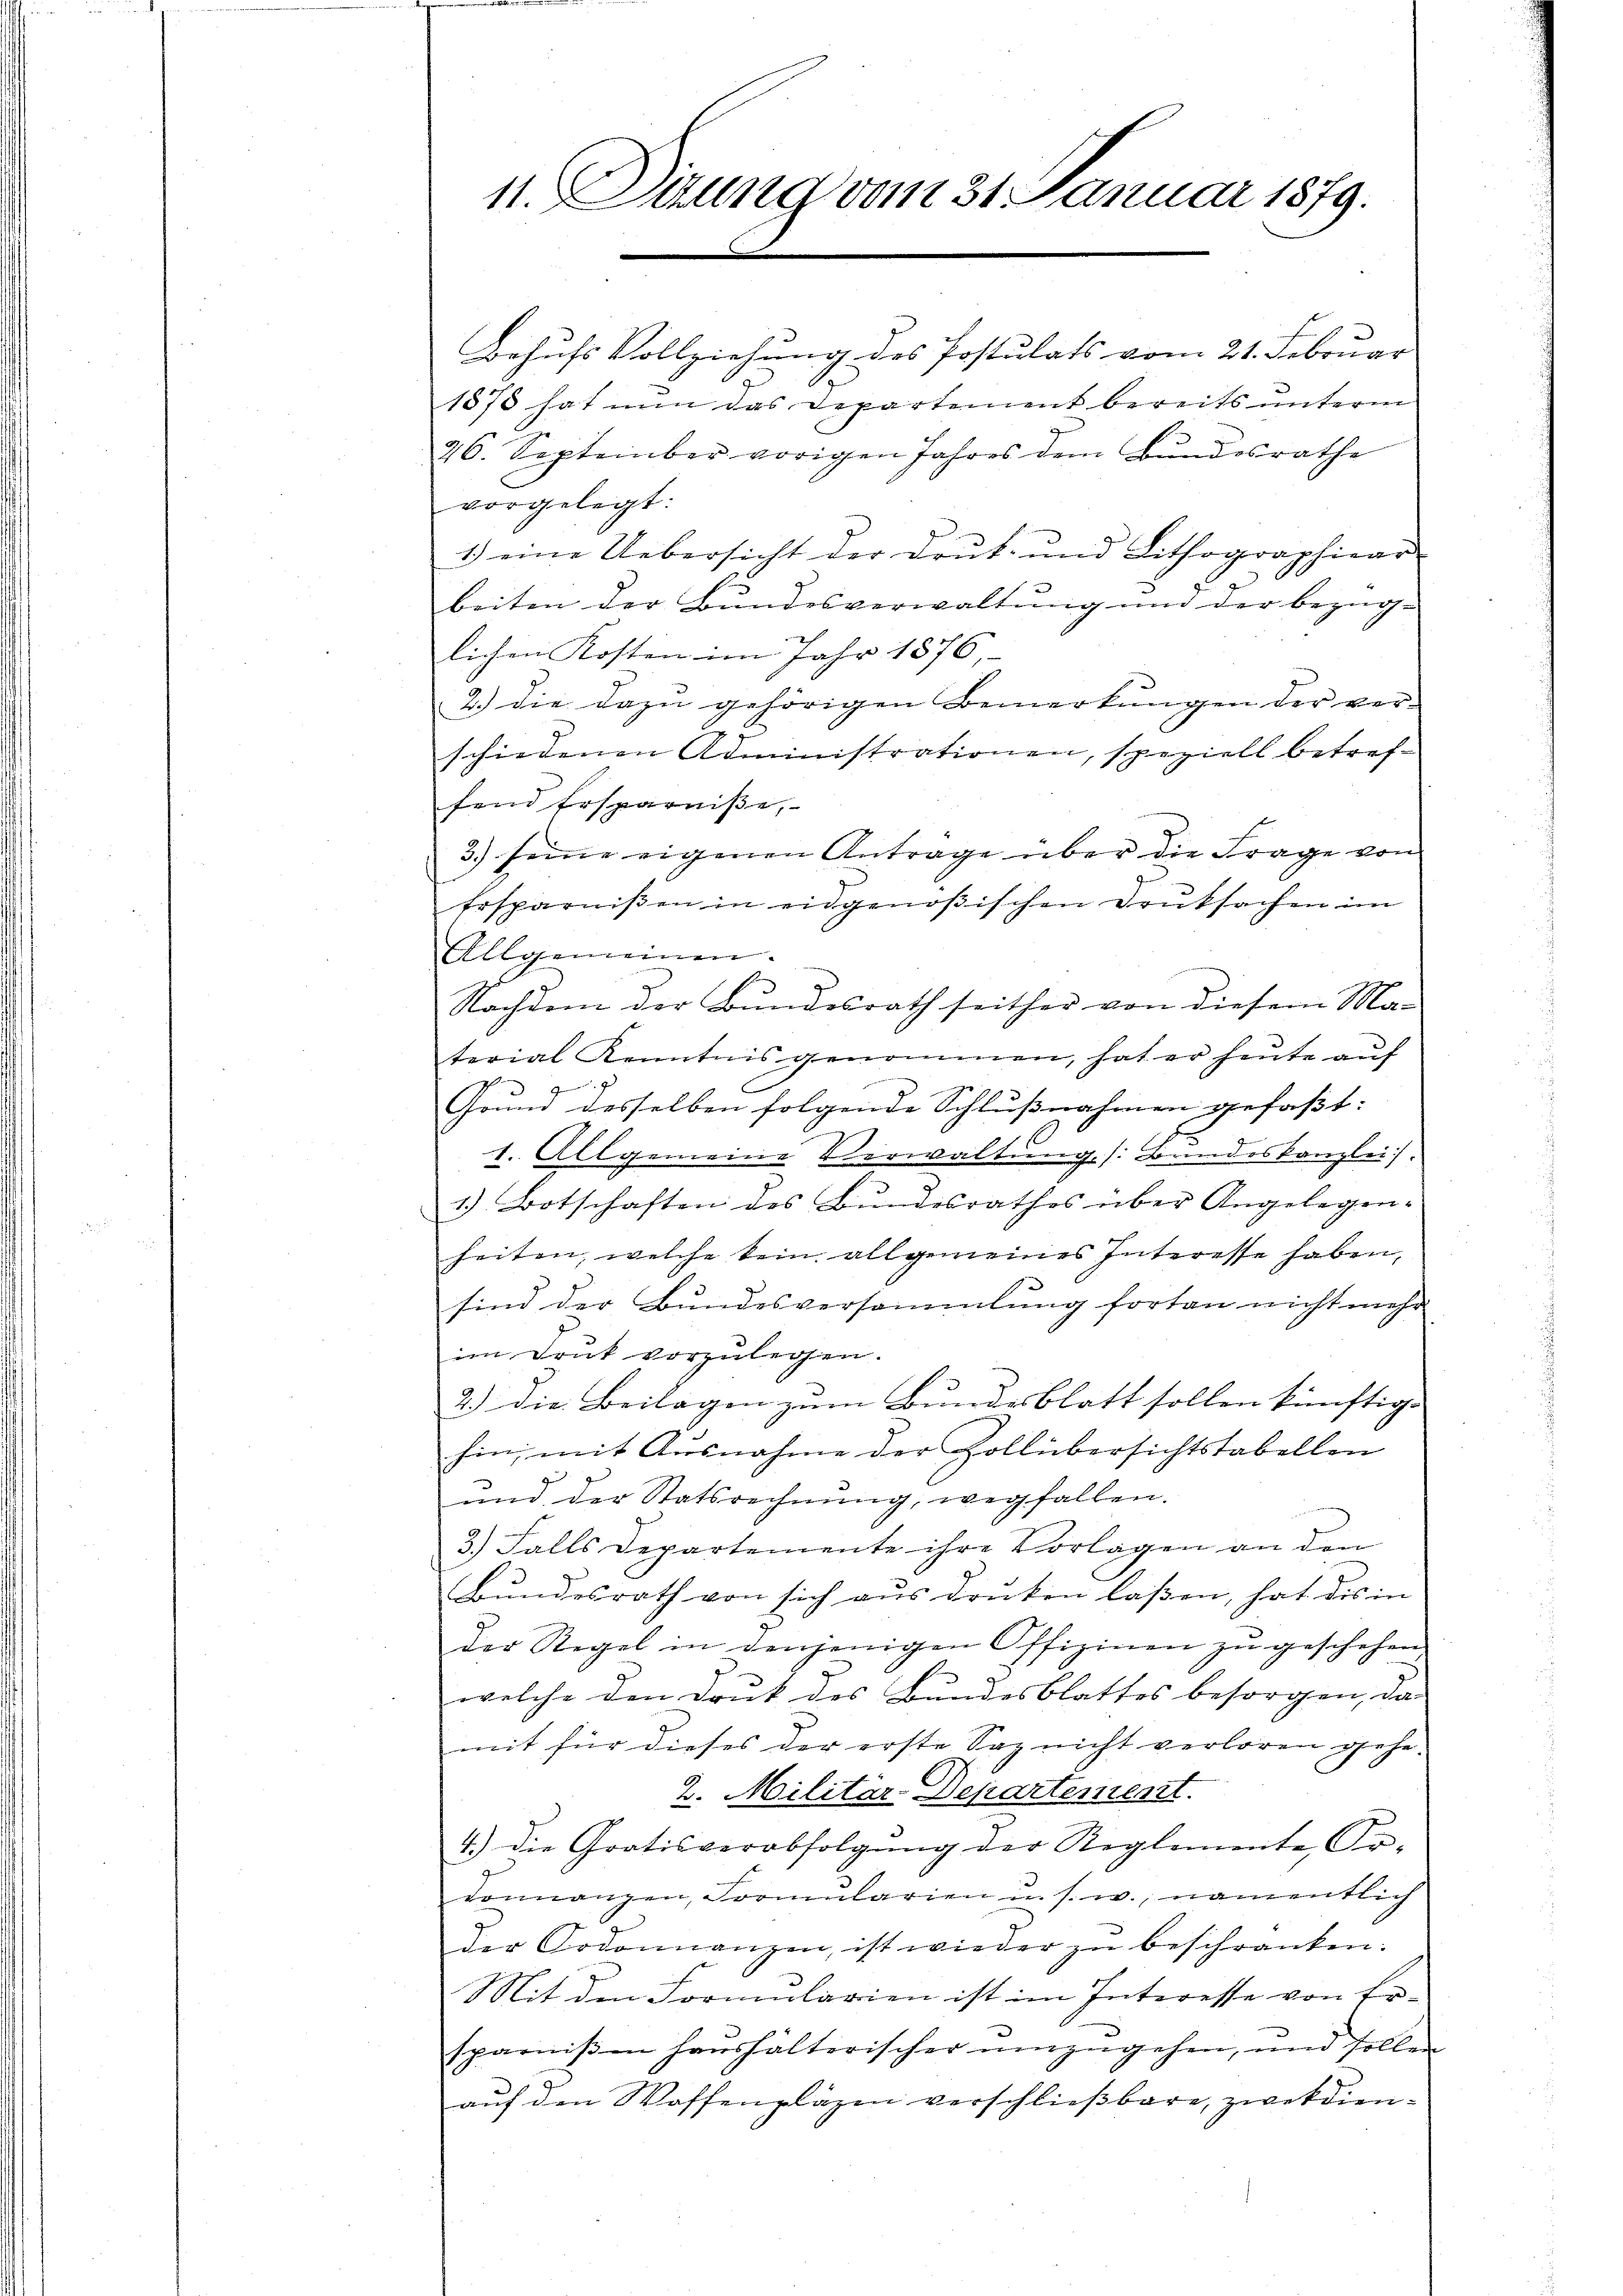
11. Sirung vom 31. Januar 1879.

Behufs Vollziehung des Postulats vom 21. Februar
1878 hat nun das Departement bereits unterm
26. September vorigen Jahres dem Bundesrathe
vorgelegt:
1.) eine Uebersicht der Drŭk- und Lithographiear
2
beiten der Bundesverwaltung und der bezüg-
lichen Kosten im Jahr 1876,
2.) die dazu gehörigen Bemerkungen der verschiedenen Administrationen, speziell betreff
fend Ersparniße,
3.) seine eigenen Antrage über die Frage von
Ersparnißen in eidgenößischen Druksachen im
Allgemeinen.
Nachdem der Bŭndesrath seither von diesem Ma-
terial Kenntnis genommen, hat er heute auf
¬
Grund desselben folgende Schlußnahmen gefaßt:
d
7
C
1. Allgemeine Verwaltung (: Bundeskanzlei.
7
1.) Botschaften des Bundesrathes über Angelegenheiten, welche kein allgemeines Interesse haben,
sind der Bundesversammlung fortan nicht mehr
im Druk vorzulegen.
2.) Die Beilagen zum Bundesblatt sollen künftige
hin mit Ausnahme der Zollübersichtstabellen
und der Statsrechnŭng, wegfallen.
3.) Falls Departemente ihre Vorlagen an den
Bundesrath von sich aus druken laßen, hat dis in
der Regel in denjenigen Offizinen zŭ geschehen,
welche den Druk des Bundesblattes besorgen, da
mit für dieses der erste Sag nicht verloren gehe.
2. Militär-Departement.
4.) Die Gratisverabfolgŭng der Reglemente Po-
donnanzen, Formularien u. s. w., namentlich
der Codonnanzen, ist wieder zŭ beschränken:
Mit den Formularien ist im Interesse von Er-
sparniβen hanshälterischer einzŭgehen, und sollen
auf den Woffenplägen verschließbare, zweckdien¬